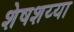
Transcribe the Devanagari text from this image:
शेषशय्या